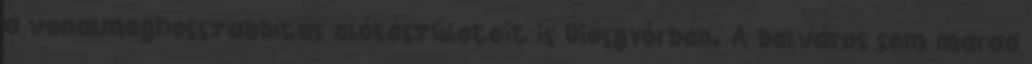
a vonalmeghosszabbítás előkészületeit is Diósgyőrben. A belváros sem marad